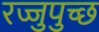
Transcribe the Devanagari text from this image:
रज्जुपुच्छ